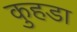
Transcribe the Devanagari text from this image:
कुहडा